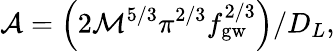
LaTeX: \mathcal{A}=\left(2\mathcal{M}^{5/3}\pi^{2/3}f_{\mathrm{gw}}^{2/3}\right)/D_{L},